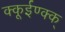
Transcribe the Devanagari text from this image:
क्कूईण्क्क्